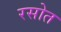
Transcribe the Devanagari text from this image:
रसोत